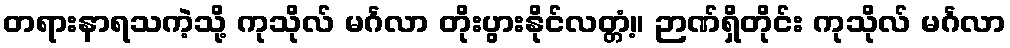
တရားနာရသကဲ့သို့ ကုသိုလ် မင်္ဂလာ တိုးပွားနိုင်လတ္တံ့။ ဉာဏ်ရှိတိုင်း ကုသိုလ် မင်္ဂလာ